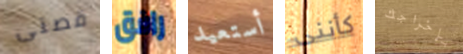
قصتى رافق أستعيد كأننى بإخراجك